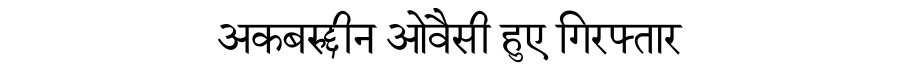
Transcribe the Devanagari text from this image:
अकबरुद्दीन ओवैसी हुए गिरफ्तार